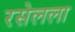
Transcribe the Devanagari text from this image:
रसेलला